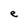
Character: e